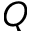
Q